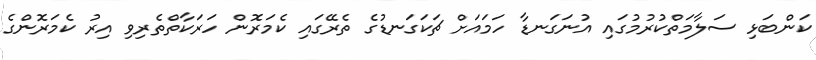
ކަންބަޅި ސަލާމަތްކުރުމުގައި އުނަގަނޑާ ހަމައަށް ޗަކަގަނޑުގެ ތެރޭގައި ކެމަރޮން ހަރަކާތްތެރިވި އިރު ކެމަރޮންގެ